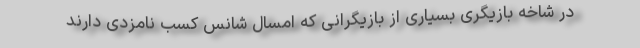
در شاخه بازیگری بسیاری از بازیگرانی که امسال شانس کسب نامزدی دارند